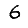
Digit: 6